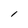
Character: l